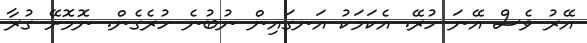
އޭރު ވެސް އޭނަ ހުރޭ. އެކަމަކު އަނގައިން ނުބުނެ ހުރެގެން. ނޮމޮށޭ ގުރާ